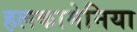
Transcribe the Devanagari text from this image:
हलकामेनिया